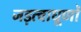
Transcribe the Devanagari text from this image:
जड़त्वाघूर्णों